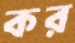
কর